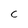
Character: C